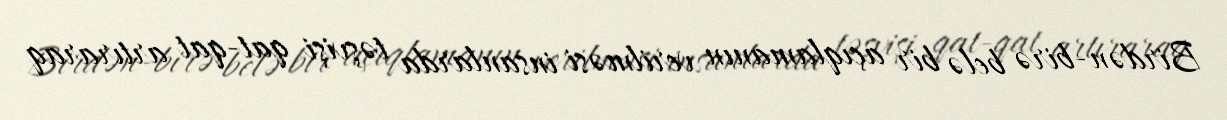
Birdən-birə belə bir açıqlamanın verilməsi insanlarda təşvişi qat-qat artıraraq